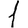
Digit: 1